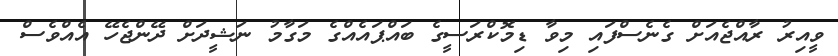
ވީއިރު ރާއްޖެއަށް ގެނެސްފައި މިވާ ޑިމޮކްރަސީގެ ބައްޕައެއްގެ މަގާމު ނަޝީދަށް ދޭންޖެހޭ އެއްވެސް